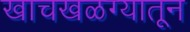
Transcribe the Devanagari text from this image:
खाचखळग्यातून